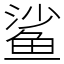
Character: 鲨